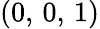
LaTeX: (0,\, 0,\, 1)